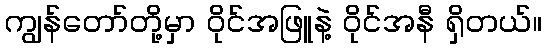
ကျွန်တော်တို့မှာ ဝိုင်အဖြူနဲ့ ဝိုင်အနီ ရှိတယ်။